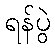
ရန်ပွဲ